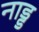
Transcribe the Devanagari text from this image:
नाड्ड